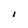
Character: I